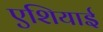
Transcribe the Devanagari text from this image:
एशियाई